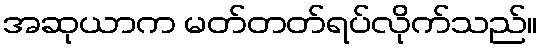
အဆုယာက မတ်တတ်ရပ်လိုက်သည်။